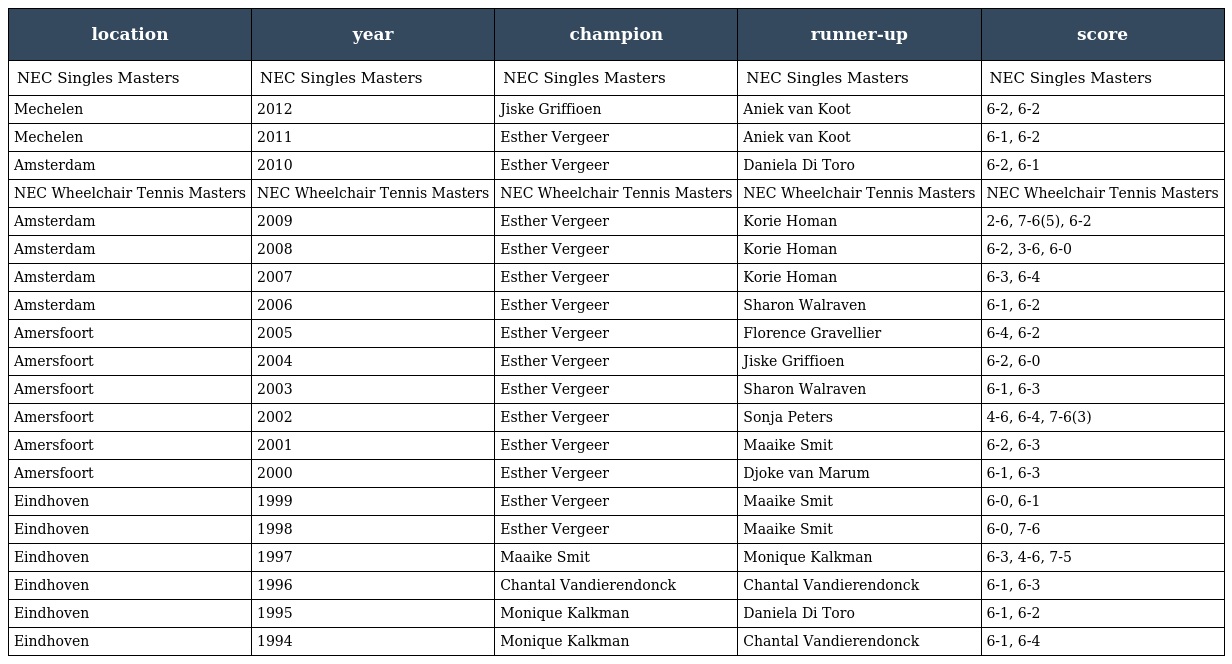
| location | year | champion | runner-up | score |
 | --- | --- | --- | --- | --- |
 | NEC Singles Masters | NEC Singles Masters | NEC Singles Masters | NEC Singles Masters | NEC Singles Masters |
 | Mechelen | 2012 | Jiske Griffioen | Aniek van Koot | 6-2, 6-2 |
 | Mechelen | 2011 | Esther Vergeer | Aniek van Koot | 6-1, 6-2 |
 | Amsterdam | 2010 | Esther Vergeer | Daniela Di Toro | 6-2, 6-1 |
 | NEC Wheelchair Tennis Masters | NEC Wheelchair Tennis Masters | NEC Wheelchair Tennis Masters | NEC Wheelchair Tennis Masters | NEC Wheelchair Tennis Masters |
 | Amsterdam | 2009 | Esther Vergeer | Korie Homan | 2-6, 7-6(5), 6-2 |
 | Amsterdam | 2008 | Esther Vergeer | Korie Homan | 6-2, 3-6, 6-0 |
 | Amsterdam | 2007 | Esther Vergeer | Korie Homan | 6-3, 6-4 |
 | Amsterdam | 2006 | Esther Vergeer | Sharon Walraven | 6-1, 6-2 |
 | Amersfoort | 2005 | Esther Vergeer | Florence Gravellier | 6-4, 6-2 |
 | Amersfoort | 2004 | Esther Vergeer | Jiske Griffioen | 6-2, 6-0 |
 | Amersfoort | 2003 | Esther Vergeer | Sharon Walraven | 6-1, 6-3 |
 | Amersfoort | 2002 | Esther Vergeer | Sonja Peters | 4-6, 6-4, 7-6(3) |
 | Amersfoort | 2001 | Esther Vergeer | Maaike Smit | 6-2, 6-3 |
 | Amersfoort | 2000 | Esther Vergeer | Djoke van Marum | 6-1, 6-3 |
 | Eindhoven | 1999 | Esther Vergeer | Maaike Smit | 6-0, 6-1 |
 | Eindhoven | 1998 | Esther Vergeer | Maaike Smit | 6-0, 7-6 |
 | Eindhoven | 1997 | Maaike Smit | Monique Kalkman | 6-3, 4-6, 7-5 |
 | Eindhoven | 1996 | Chantal Vandierendonck | Chantal Vandierendonck | 6-1, 6-3 |
 | Eindhoven | 1995 | Monique Kalkman | Daniela Di Toro | 6-1, 6-2 |
 | Eindhoven | 1994 | Monique Kalkman | Chantal Vandierendonck | 6-1, 6-4 |